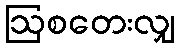
ဩစတေးလျှ